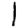
Digit: 1